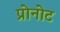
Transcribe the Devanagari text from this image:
प्रोनोट